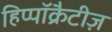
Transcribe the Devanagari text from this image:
हिप्पॉक्रैटीज़